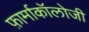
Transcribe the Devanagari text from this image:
फ़ार्माकॉलोजी